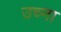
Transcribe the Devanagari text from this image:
उच्ना